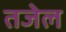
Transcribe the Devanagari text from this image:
तजेल